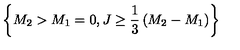
\left\{ M _ { 2 } > M _ { 1 } = 0 , J \ge { \frac { 1 } { 3 } } \left( M _ { 2 } - M _ { 1 } \right) \right\}